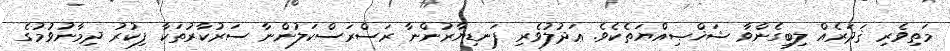
މަތިވެރި ޤަދަރެއް ލިބިގެންވާ ޝަޚްޞިއްޔަތެކެވެ. ޢަދުލުވެރި ފަނޑިޔާރުންނާ ރަސްރަސްކަލުންނާ ސަރުކާރުތަކާ ފިކުރު ދިމާނުވުމުގެ